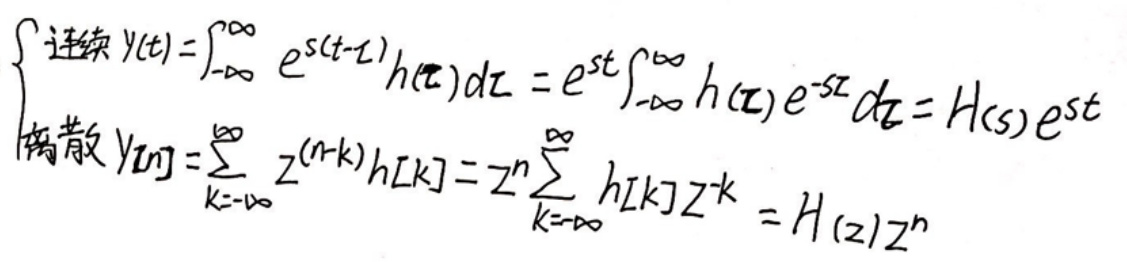
\begin{cases}
连续\(  y(t)=\int_{-\infty}^{\infty} e^{s(t - \tau)} h(\tau) d\tau = e^{st} \int_{-\infty}^{\infty} h(\tau) e^{-s\tau} d\tau = H(s) e^{st}\)\\
离散\(  y[n]=\sum_{k = -\infty}^{\infty} z^{(n - k)} h[k] = z^{n} \sum_{k = -\infty}^{\infty} h[k] z^{-k} = H(z) z^{n}\)\\
\end{cases}